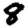
Digit: 8